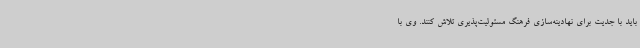
باید با جدیت برای نهادینه‌سازی فرهنگ مسئولیت‌پذیری تلاش کنند. وی با